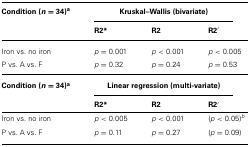
| Condition (n = 34)a | <COLSPAN=3> Kruskal–Wallis (bivariate) |
 |  | R2* | R2 | R2′ |
 | --- | --- | --- | --- |
 | Iron vs. no iron | p = 0.001 | p < 0.001 | p < 0.005 |
 | P vs. A vs. F | p = 0.32 | p = 0.24 | p = 0.53 |
 | Condition (n = 34)a | <COLSPAN=3> Linear regression (multi-variate) |
 |  | R2* | R2 | R2′ |
 | Iron vs. no iron | p < 0.005 | p < 0.001 | (p < 0.05)b |
 | P vs. A vs. F | p = 0.11 | p = 0.27 | (p = 0.09) |